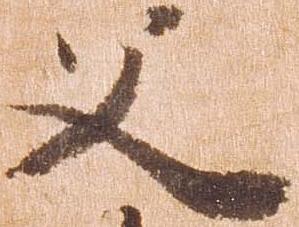
父